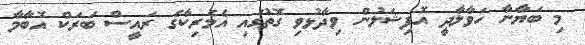
މި ބަޔާނާ ހަވާލާދީ އޮފިޝަލުން ވިދާޅުވި ގޮތުގައި އެމެރިކާގެ ރައީސް ބަރަކް އޮބާމާ